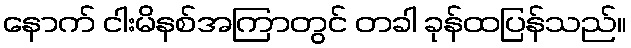
နောက် ငါးမိနစ်အကြာတွင် တခါ ခုန်ထပြန်သည်။